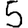
Digit: 5